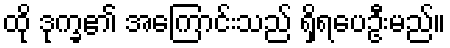
ထို ဒုက္ခ၏ အကြောင်းသည် ရှိရပေဦးမည်။